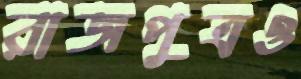
রাজপুত্রও